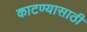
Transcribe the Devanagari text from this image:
काटण्यासाठी